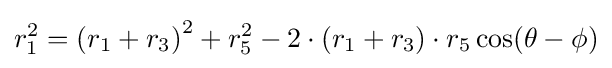
r_{1}^{2}=\left(r_{1}+r_{3}\right)^{2}+r_{5}^{2}-2\cdot \left(r_{1}+r_{3}\right)\cdot r_{5}\cos(\theta -\phi )